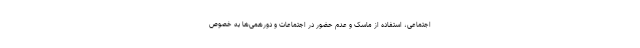
اجتماعی، استفاده از ماسک و عدم حضور در اجتماعات و دورهمی‌ها به خصوص